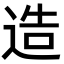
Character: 造